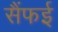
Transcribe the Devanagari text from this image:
सैंफई